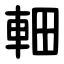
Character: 䡒